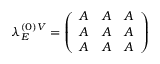
\lambda _ { E } ^ { ( 0 ) V } = \left( \begin{array} { l l l } { { A } } & { { A } } & { { A } } \\ { { A } } & { { A } } & { { A } } \\ { { A } } & { { A } } & { { A } } \end{array} \right)